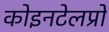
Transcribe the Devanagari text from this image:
कोइनटेलप्रो